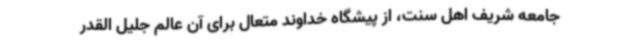
جامعه شریف اهل سنت، از پیشگاه خداوند متعال برای آن عالم جلیل القدر